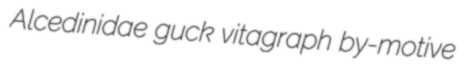
Alcedinidae guck vitagraph by-motive